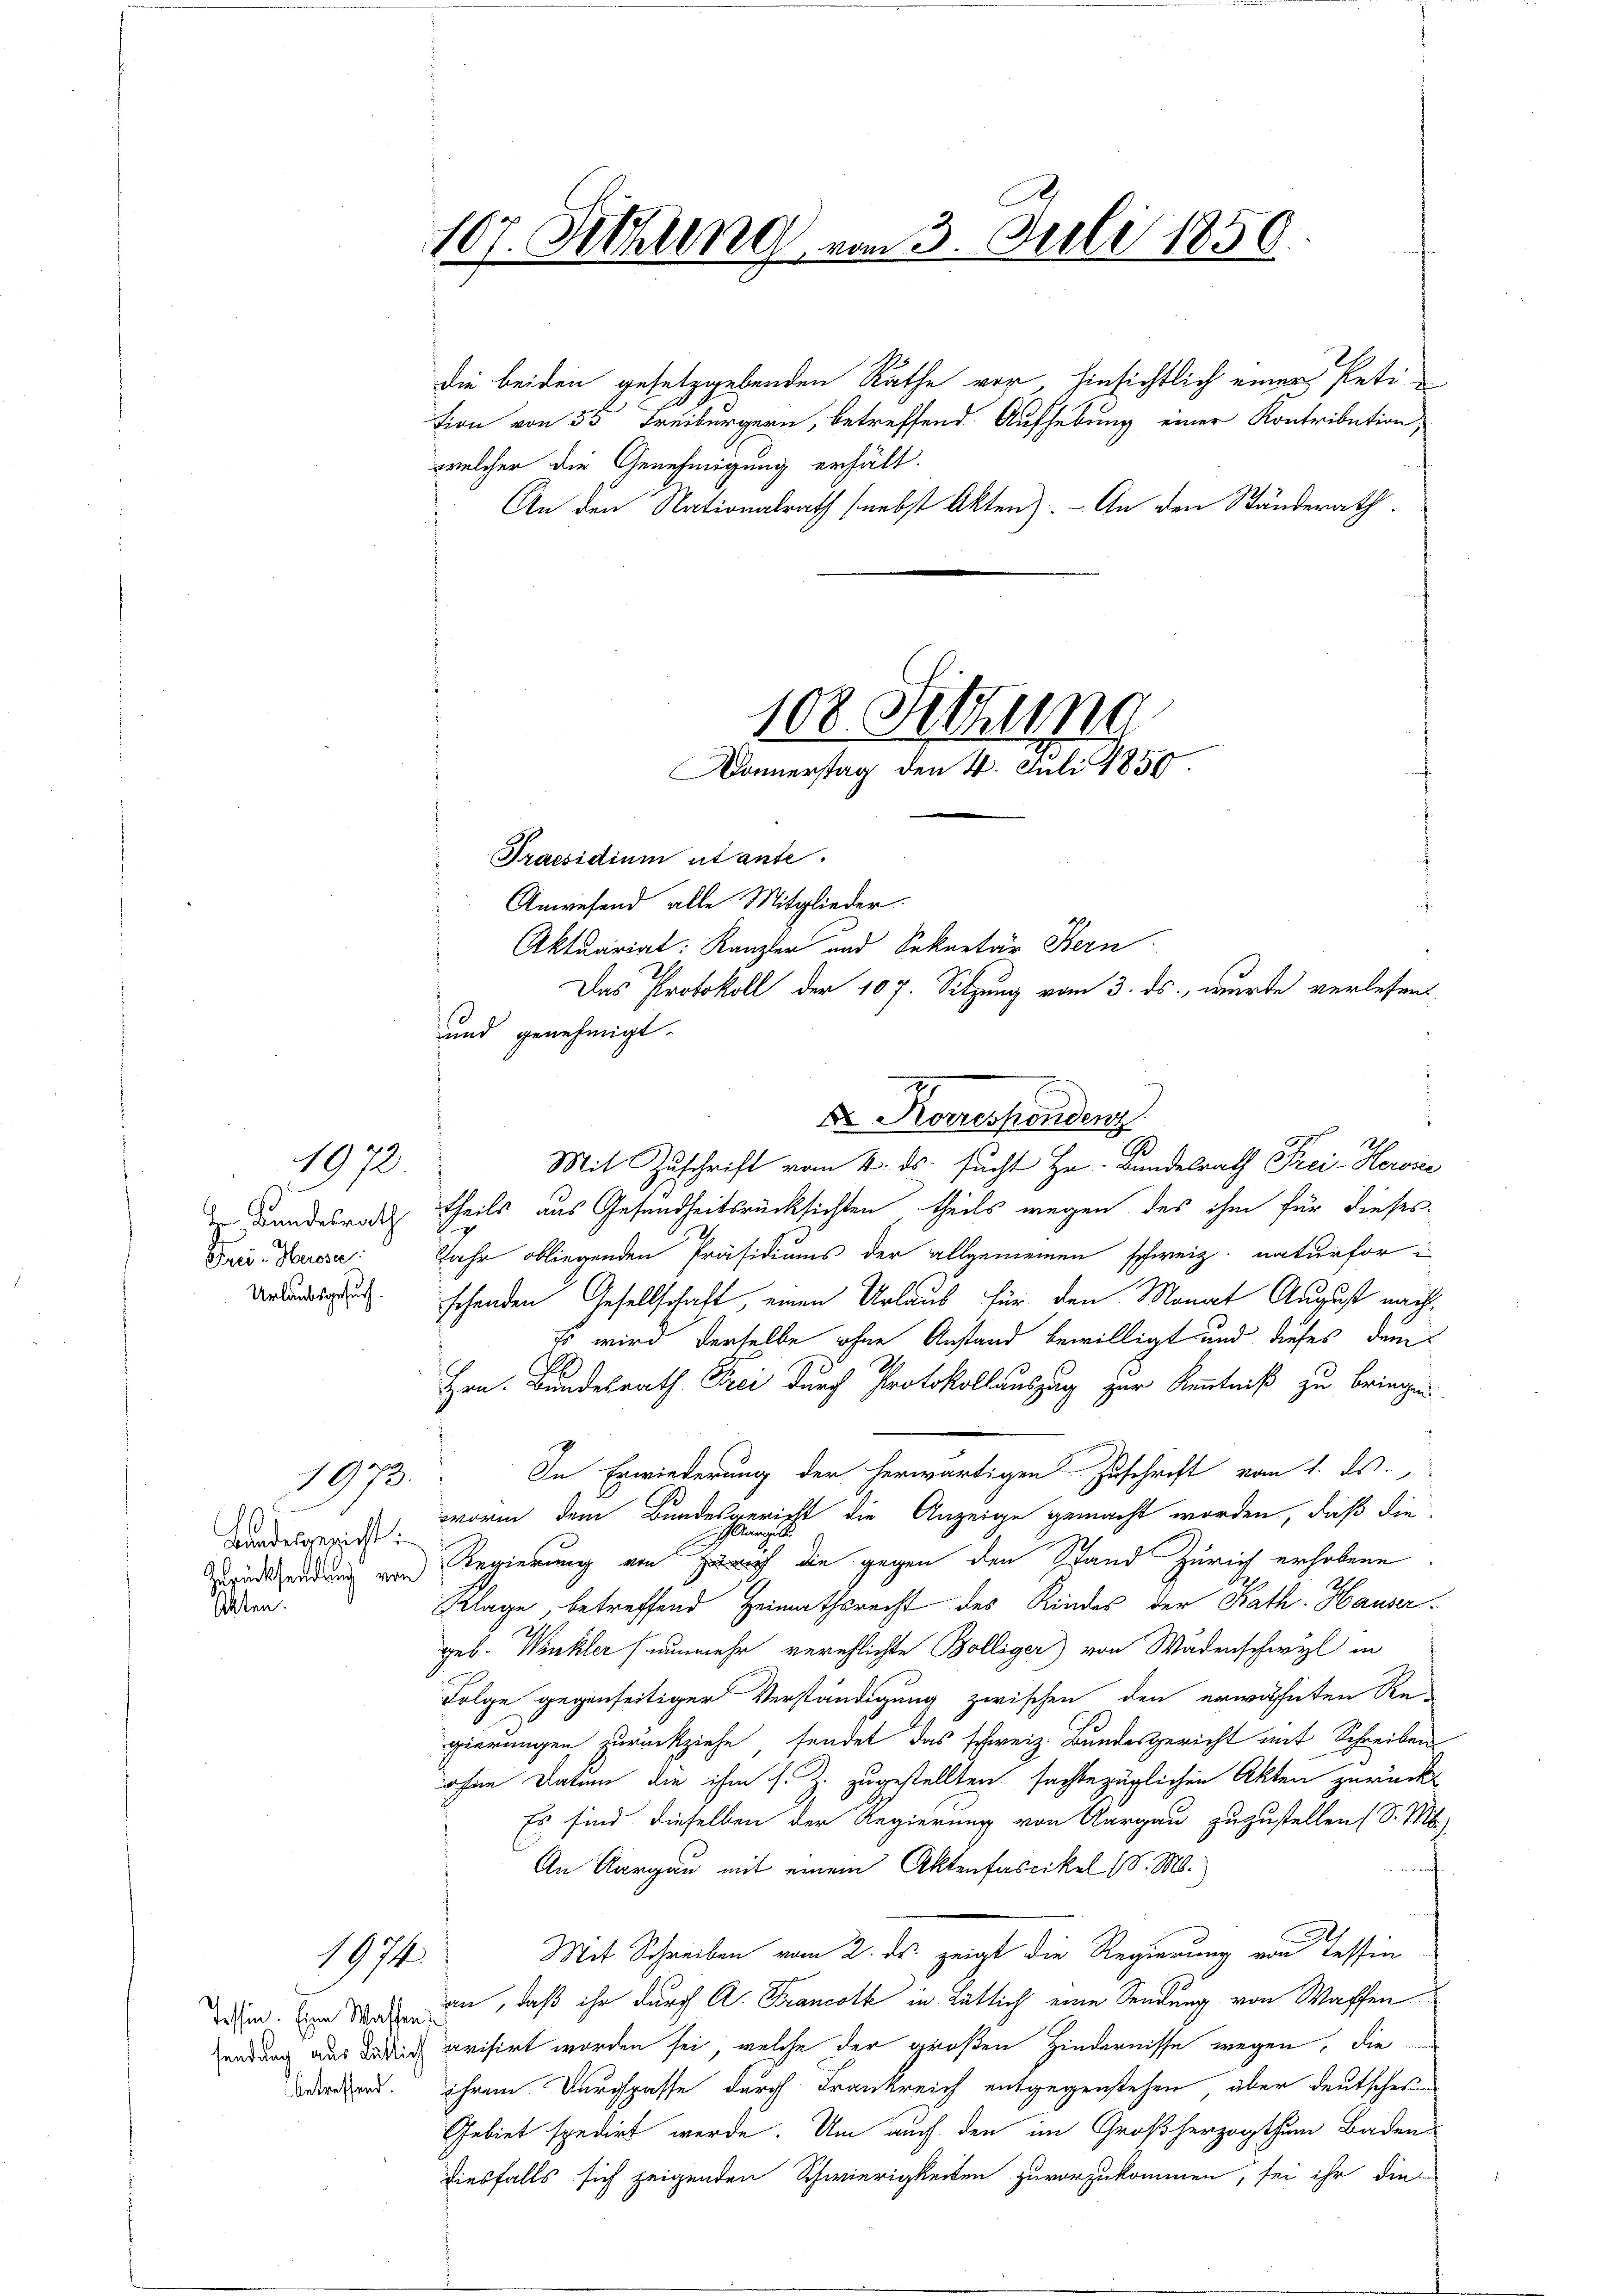
zu Bundesrath
Frei-Herose
Urlaubsgesuch.

1972

Landesgesicht.
Zurücksendung von
Alten.

10.
1078.

1974

Tessin. Eine Wassen
sendung aus Rütlich
betreffend.

107. Schling vom 3. Juli 1850.

welcher die Genehmigung erhält.

Donnerstag den 4. Juli 1850

die beiden gesetzgebenden Räthe vor hinsichtlich einer Petition von 53 Freiburgern, betreffend Aufhebung einer Kontribution
An den Nationalrath (nebst Akten). - An den Ständerath

103 Setzung

Praesidium utante.
Anwesend alle Mitglieder.
Aktuariat: Kanzler und Sekretär Bern
Das Protokoll der 107. Sitzung vom 3. ds., wurde verlesent
und genehmigt.
theils aus Gesundheitsrücksichten, theils wegen des ihm für dieses
i
Jahr obliegenden Präsidiums der allgemeinen schweiz. naturforschenden Gesellschaft, einen Urlaub für den Monat August nach¬
Es wird derselbe ohne Anstand bewilligt und dieses dem¬
Hrn. Bundesrath Frei durch Protokollauszug zur Kenntniß zu bringen
In Erwiederung der herwärtigen Zuschrift vom 1. ds.
worin dem Bundesgericht die Anzeige gemacht worden, daß die
Aaraus
Regierung von Zürich die gegen den Stand Zürich erhobene
Klage, betreffend Heimathsrecht des Kindes der Kath. Hauser
geb. Winkler (nunmehr verschlichte Bolliger) von Wädenschwyl in
Folge gegenseitiger Verständigung zwischen den erwähnten Re-
gierungen zurückziehe sendet das schweiz. Bundesgericht mit Schreibens
ohne Datum die ihm s. Z. zugestellten sachbezüglichen Akten zurückt
Es sind dieselben der Regierung von Aargau zuzustellen (S. M.
An Aargau mit einem Aktenfascikel (S. M.
Mit Schreiben vom 2. ds. zeigt die Regierung von Tessin
an, daß ihr durch A. Francott in Tätlich eine Sendung von Waffen
arisirt worden sei, welche der großen Hindernisse wegen, die
ihrem Durchpasse durch Frankreich entgegenstehen, über deutsches
Gebiet spedirt werde. Um auch den im Großherzogthum Baden
diesfalls sich zeigenden Schwierigkeiten zuvorzukommen, sei ihr die

Dr. Korrespondenz
Mit Zuschrift vom 4. ds. sucht Hr. Bundesrath Frei-Howice